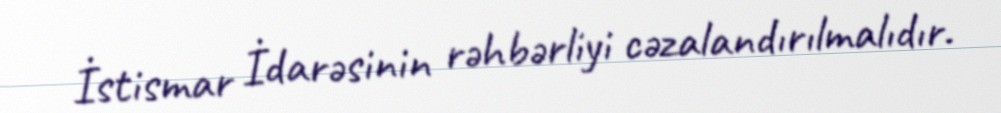
İstismar İdarəsinin rəhbərliyi cəzalandırılmalıdır.